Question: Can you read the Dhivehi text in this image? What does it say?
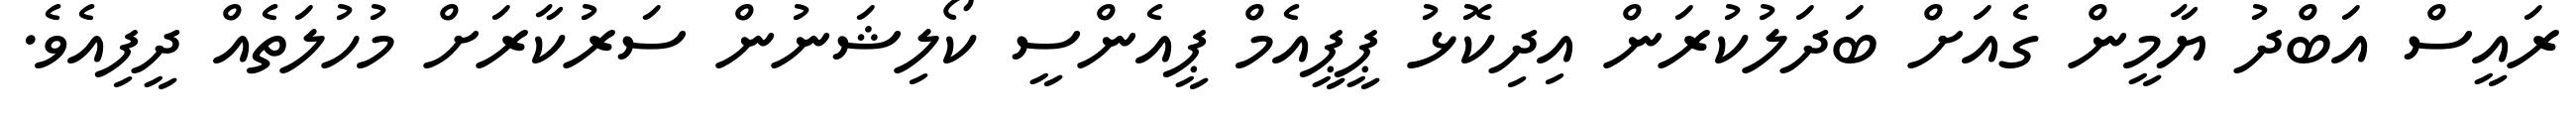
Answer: ރައީސް އަބްދު ޔާމީން ގެއަށް ބަދަލުކުރަން އިދިކޮޅު ޕީޕީއެމް ޕީއެންސީ ކޯލިޝަނުން ސަރުކާރަށް މުހުލަތެއް ދީފިއެވެ.